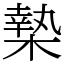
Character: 𣙗